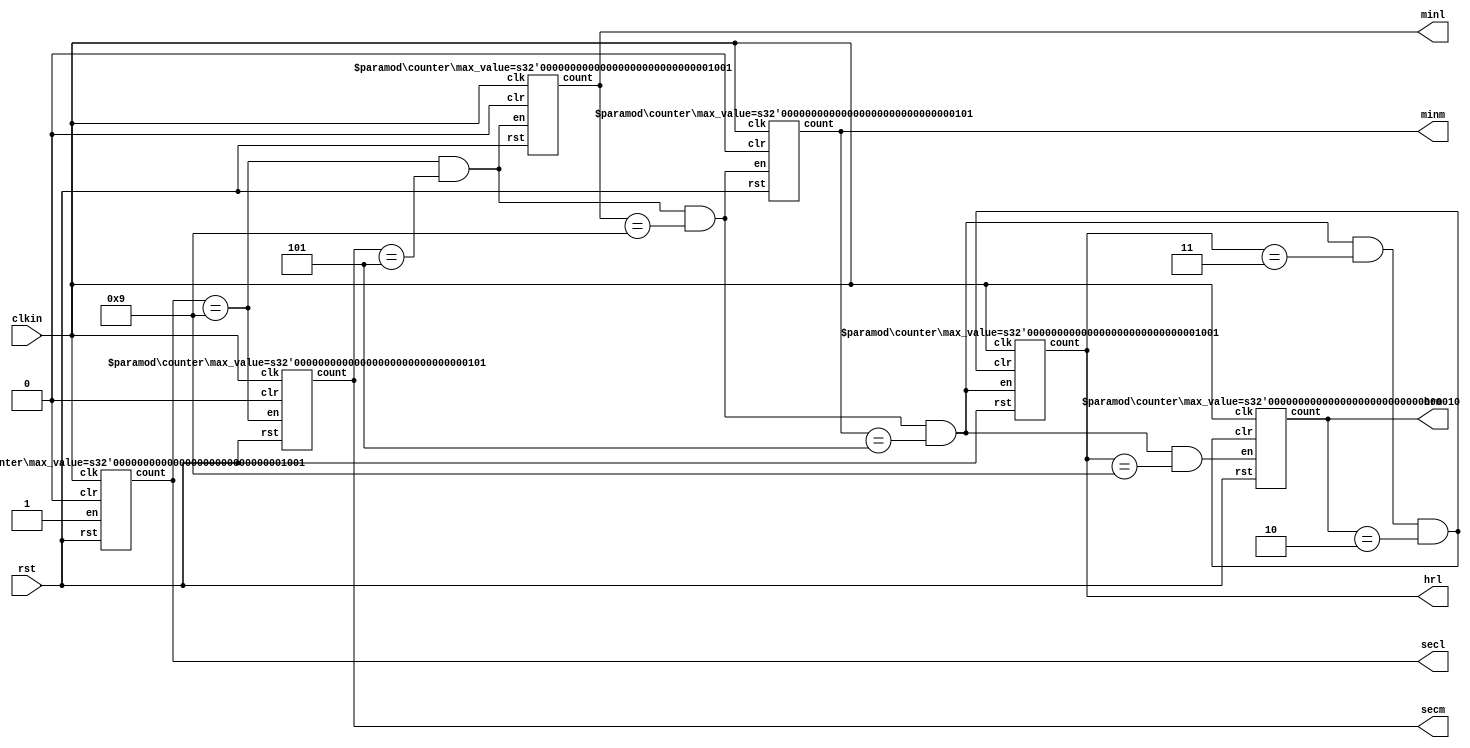
module pes_rtc (
input clkin,rst,
output [3:0]hrm,hrl,minm,minl,secm,secl);
wire [3:0]hrms,hrls,minms,minls,secms,secls;
wire hrclr;
assign hrclr = ((secl==4'd9) && (secm==4'd5) && (minl==4'd9) && (minm==4'd5) && (hrl==4'd3) && (hrm==4'd2));
//clock_div cd(clk,rst,clk);
  counter #(9) c1(.clk(clkin),.rst(rst),.clr(1'b0),.en(1'b1),.count(secl));
  counter #(5) c2(.clk(clkin),.rst(rst),.clr(1'b0),.en(secl==4'd9),.count(secm));
  counter #(9) c3(.clk(clkin),.rst(rst),.clr(1'b0),.en((secl==4'd9) && (secm==4'd5)),.count(minl));
  counter #(5) c4(.clk(clkin),.rst(rst),.clr(1'b0),.en((secl==4'd9) && (secm==4'd5) && (minl==4'd9)),.count(minm));
  counter #(9) c5(.clk(clkin),.rst(rst),.clr(hrclr),.en((secl==4'd9) && (secm==4'd5) && (minl==4'd9) && (minm==4'd5)),.count(hrl));
  counter #(2) c6(.clk(clkin),.rst(rst),.clr(hrclr),.en((secl==4'd9) && (secm==4'd5) && (minl==4'd9) && (minm==4'd5) && (hrl==4'd9)),.count(hrm));
endmodule

module counter #(parameter max_value=15) (
input clk,rst,clr,en,
output reg [3:0] count);
initial
count=4'b0;
always @(posedge clk)
begin
if(rst==0) count <=4'd0;
else if(clr==1) count<=4'd0;
else
begin
if(en==1)
if(count==max_value) count<=4'd0;
else count<=count+1;
else count<=count;
end
end
endmodule

/*module clock_div(ClkIn,rst,Clk100);
input ClkIn;
input rst;
output reg Clk100;
reg [13:0] clk_div100=14'b0;
reg [3:0] div_clk=4'b0;  
initial
begin
Clk100 <=0;
end
always @(posedge ClkIn)
begin
if(rst==1)
div_clk <= div_clk + 4'b1;
else
begin
Clk100 <=0;
div_clk <=0;
clk_div100 <=0;
end
end
always @(posedge div_clk[3])
begin
if (rst == 1'b1 & clk_div100 == 14'b11110100001001)
begin
clk_div100 <= 14'b0;
Clk100 <= ~Clk100; 
end
else
clk_div100 <= clk_div100 + 19'b1;
end
endmodule
*/